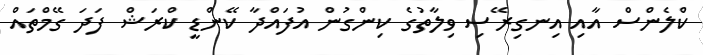
ކްލެންސް އާއި އިނގިރޭސި ވިލާތުގެ ކިންގުން އުފައްދާ ކޭންޑީ ކްރަޝް ފަދަ ގޭމްތައް